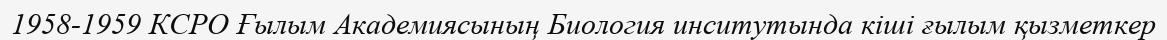
1958-1959 КСРО Ғылым Академиясының Биология инситутында кіші ғылым қызметкер